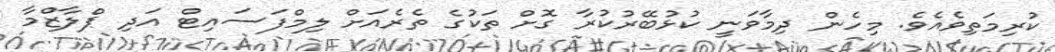
ކުރިމަތިވެއެވެ. މިހެން ދިމާވަނީ ކުޅުބޭރުކުރާ ގޮށް ތަކުގެ ތެރެއަށް ލިމްފަސައިޓް އަދި ޕްލާޒްމާ